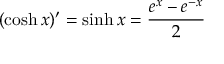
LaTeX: ( \cosh x ) ^ { \prime } = \sinh x = { \frac { e ^ { x } - e ^ { - x } } { 2 } }